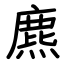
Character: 麃